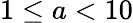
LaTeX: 1\leq a<10